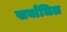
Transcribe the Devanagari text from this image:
सर्वाधिल